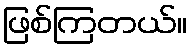
ဖြစ်ကြတယ်။